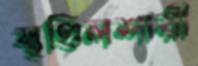
স্থণ্ডিলশায়ী